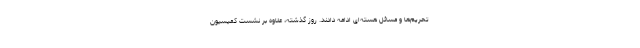
تحریم‌ها و مسائل هسته‌ای ادامه دادند. روز گذشته، علاوه بر نشست کمیسیون